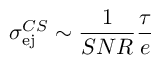
\sigma _ { \mathrm { e j } } ^ { C S } \sim \frac { 1 } { S N R } \frac { \tau } { e }